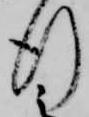
行